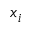
x _ { i }